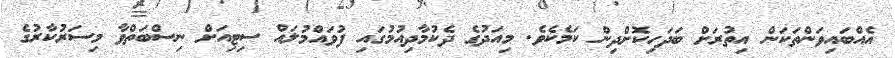
އެއްބައިވަންތަކަން އިތުރަށް ބަދަހިކޮށްދިން ކަމެކެވެ. މިއަދުގެ ދެކުމާދިއުމުގައި ފުވައްމުލައް ސިޓިއަށް ނިސްބަތްވާ މިސަރުކާރުގެ